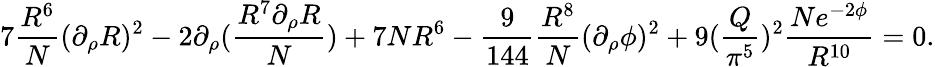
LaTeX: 7{\frac{R^{6}}{N}}(\partial_{\rho}R)^{2}-2\partial_{\rho}({\frac{R^{7}\partial_{\rho}R}{N}})+7NR^{6}-{\frac{9}{144}}{\frac{R^{8}}{N}}(\partial_{\rho}\phi)^{2}+9({\frac{Q}{\pi^{5}}})^{2}{\frac{Ne^{-2\phi}}{R^{10}}}=0.